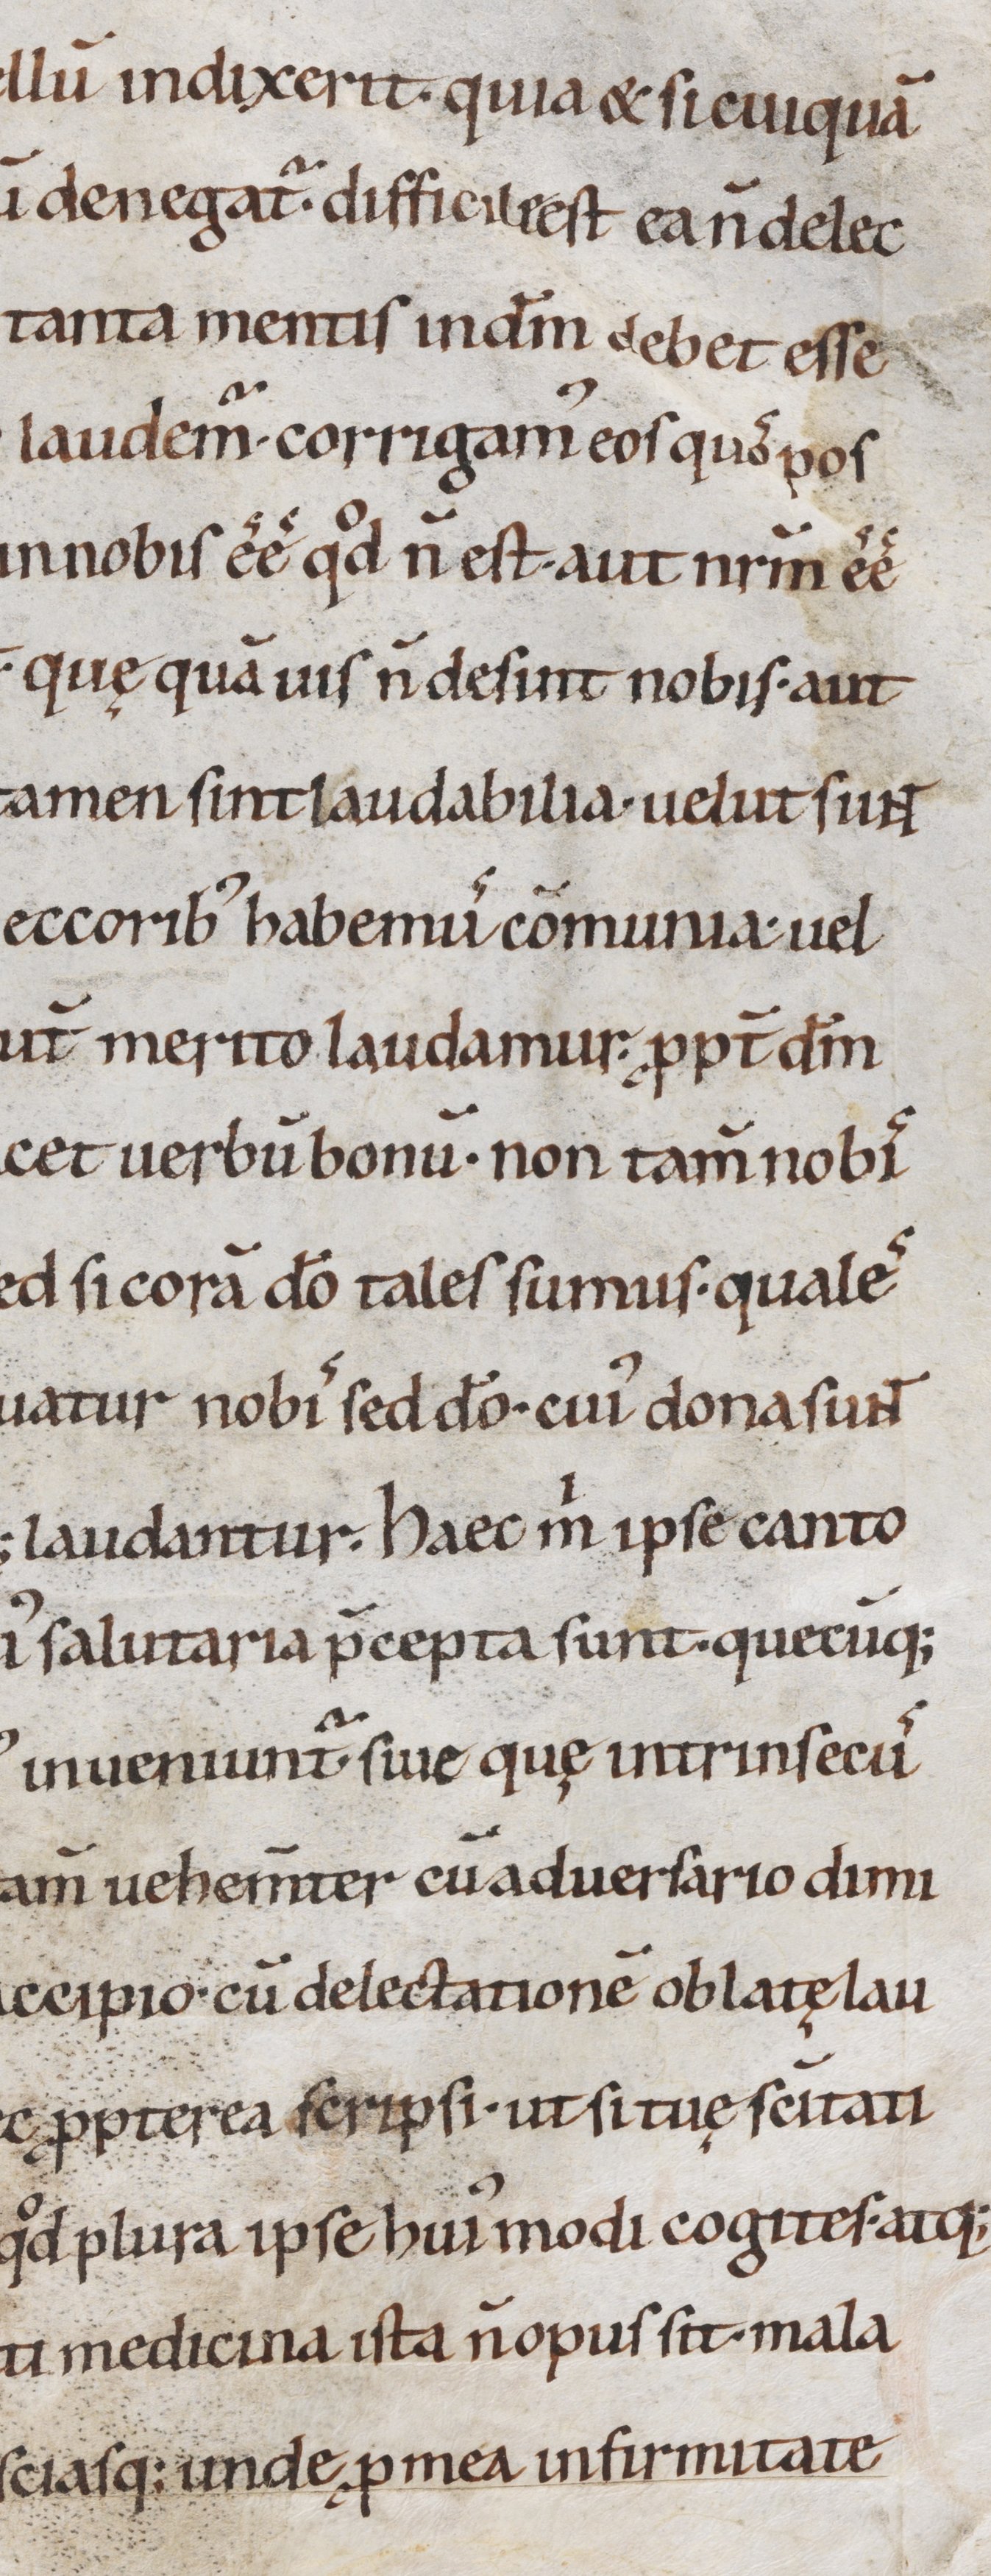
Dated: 1000–1099